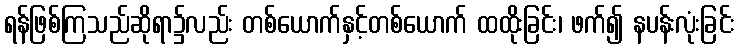
ရန်ဖြစ်ကြသည်ဆိုရာ၌လည်း တစ်ယောက်နှင့်တစ်ယောက် ထထိုးခြင်း၊ ဖက်၍ နပန်းလုံးခြင်း